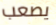
يصعب